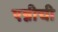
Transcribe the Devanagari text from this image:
एन्नीची